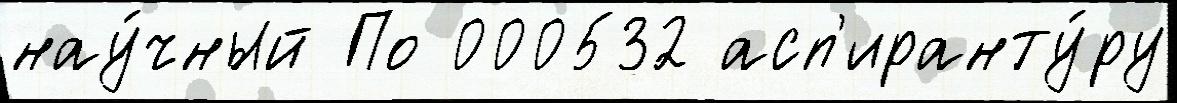
нау́чный По 000532 асп'иранту́ру